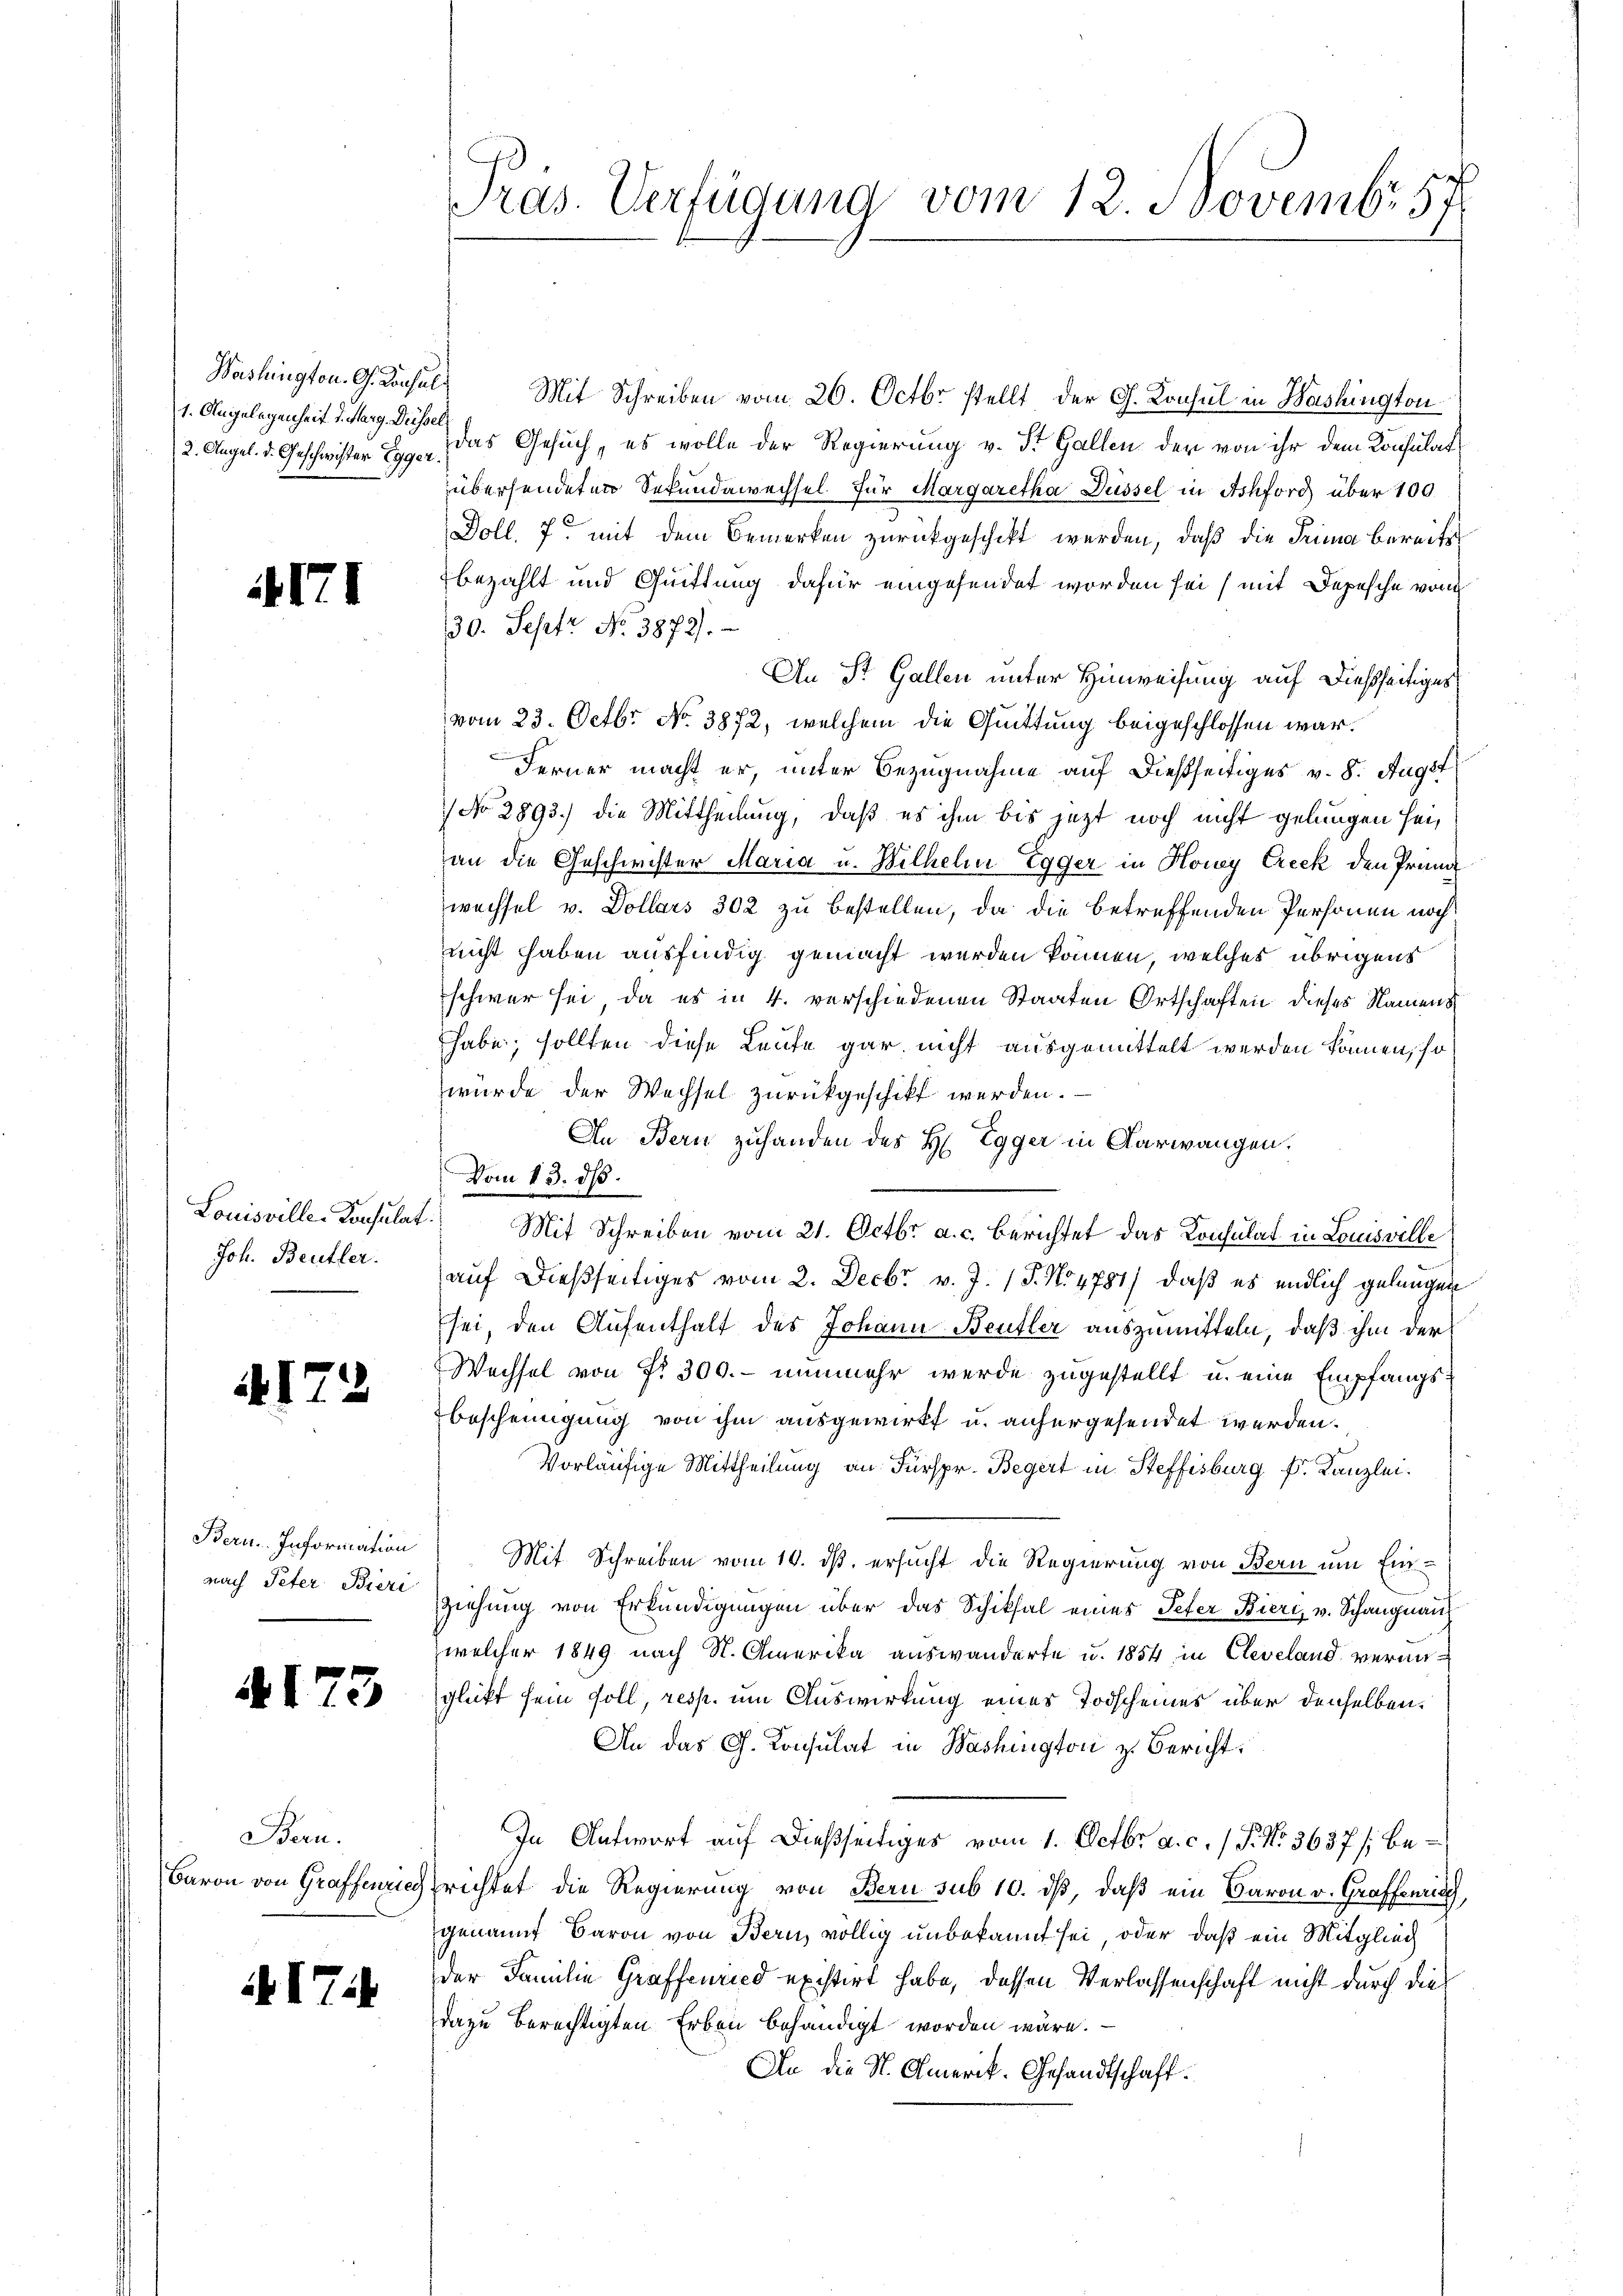
1. Angelegenheit d. Marg. Dessel

171

17

Joh. Beutter.

529

A173

Bern.

AITil

Washington. G. Konsuls Mit Schreiben vom 26. Octbr stellt der G. Konsul in Washington
2. Angel. d. Geschwister Er das Gesuch, es wolle der Regierung v. St. Gallen der von ihr dem Konsulat
übersendeten Sekundawechsel. für Margaretha Düssel in Achford über 100
Doll. 7. mit dem Bemerken zurückgeschikt werden, daß die Prima bereits
bezahlt und Quittung dafür eingesendet worden sei, mit Depesche von
30. Sept No. 3872/
An St. Gallen unter Hinweisung auf dießseitiges
vom 23. Octbr. No. 3872, welchem die Quittung beigeschlossen war.
Ferner macht er, unter Bezugnahme auf dießseitiges v. 8. Augst
(No 2893.) die Mittheilung, daß es ihm bis jezt noch nicht gelungen sei,
an die Geschwister Maria u. Wilhelm Egger in Hony Creck den Pran
wechsel v. Dollars 302 zu bestellen, da die betreffenden Personen noch
nicht haben ausfindig gemacht werden können, welches übrigens
schwer sei, da es in 4. verschiedenen Staaten Ortschaften dieses Namens
habe; sollten diese Leute gar nicht ausgemittelt werden können, so
wurde der Wechsel zurückgeschikt werden.
An Bern zuhanden des H. Egger in Aarwangen.
Vom 13. dß.
Louisville-Konsulat. Mit Schreiben vom 21. Octbr. a. c. berichtet das Konsulat in Louisville
auf dießseitiges vom 2. Decbr v. J. 17. No 4781), daß es endlich gelangen
sei, den Aufenthalt des Johann Beufler auszumitteln, daß ihm der
Wechsel von Fr. 300. - nunmehr werde zugestellt u. eine Empfangs¬
Bescheinigung von ihm ausgewirkt u. anhergesendet werden.
Vorläufige Mittheilung an Fürspr. Begert in Steffisburg k. Kanzlei.
Bern Information Mit Schreiben vom 10. ds. ersucht die Regierung von Bern um Einnach Peter Bier ziehung von Erkundigungen über das Schiksal eines Peter Bieri v. Schangnau
welcher 1849 nach St. Amerika auswanderte u. 1854 in Cleveland veranglückt sein soll, resp. um Auswirkung eines Todscheines über denselben.
An das G. Konsulat in Washington z. Bericht
In Antwort auf dießseitiges vom 1. Octbr. a. c. / P. Nr. 3637/, be¬
Baron von Grafferiegsrichtet die Regierung von Bern sub 10. dβ, daß ein Baron v. Graffenric
genannt Baron von Bern völlig unbekannt sei, oder daß ein Mitglied
der Familie Graffenried existirt habe, dessen Verlassenschaft nicht durch die
dazu berechtigten Erben behändigt worden wäre.
An die St. Amerik. Gesandtschaft.

Pras. Verfügung vom 12. Novembr 57